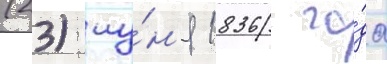
(23) иу́н'я 1836 го́да